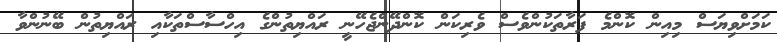
ކަމަށްވިޔަސް މިއިން ކޮންމެ ފަރާތަކުންވެސް ވެރިކަން ކޮންދޭންޖެހޭނީ ރައްޔިތުންގެ އިހްސާސްތަކާއި ރައްޔިތުން ބޭނުންވާ